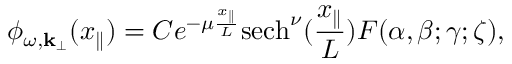
\phi _ { \omega , { \bf k } _ { \perp } } ( x _ { \parallel } ) = C e ^ { - \mu \frac { x _ { \parallel } } { L } } \mathrm { s e c h } ^ { \nu } ( \frac { x _ { \parallel } } { L } ) F ( \alpha , \beta ; \gamma ; \zeta ) ,